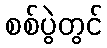
စစ်ပွဲတွင်